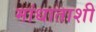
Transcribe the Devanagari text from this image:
मांधाताशी